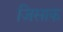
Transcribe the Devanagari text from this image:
जिसाक